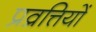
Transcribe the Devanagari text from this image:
प्रव्रत्तियों